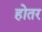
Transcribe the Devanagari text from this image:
होतर